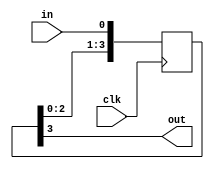
module SyncChain(
input wire in, input clk, 
output wire out
);

  reg [3:0] chain;

  always @(posedge clk) begin
      chain <= {chain[2:0], in};
  end

  assign out = chain[3];

endmodule